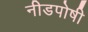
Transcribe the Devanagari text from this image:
नीडपोषी